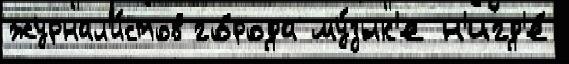
журнал'и́стов го́рода му́зык'е н'игд'е́